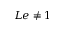
L e \neq 1